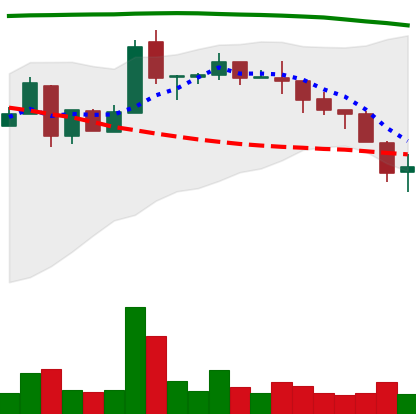
Ticker: NEO-USD
Chart end date: 2018-05-12
Forward return: -10.706%
Label: down_7plus